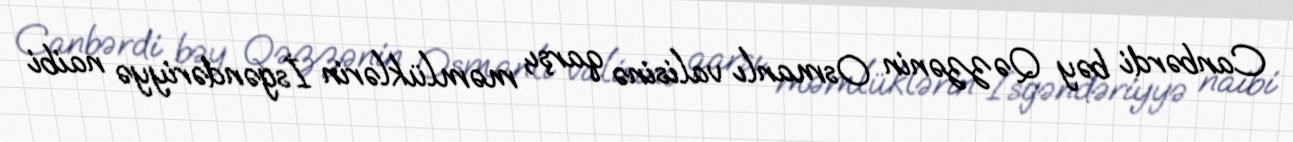
Canbərdi bəy Qəzzənin Osmanlı valisinə qarşı, məmlüklərin İsgəndəriyyə naibi